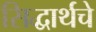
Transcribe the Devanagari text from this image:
सिद्धार्थचे